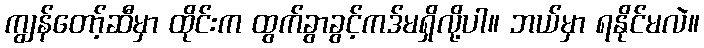
ကျွန်တော့်ဆီမှာ ထိုင်းက ထွက်ခွာခွင့်ကဒ်မရှိလို့ပါ။ ဘယ်မှာ ရနိုင်မလဲ။